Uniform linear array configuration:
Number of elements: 4
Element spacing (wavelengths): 0.75
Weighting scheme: exponential
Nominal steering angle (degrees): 60
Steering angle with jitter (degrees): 61.162
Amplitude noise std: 0.05
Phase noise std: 0.05

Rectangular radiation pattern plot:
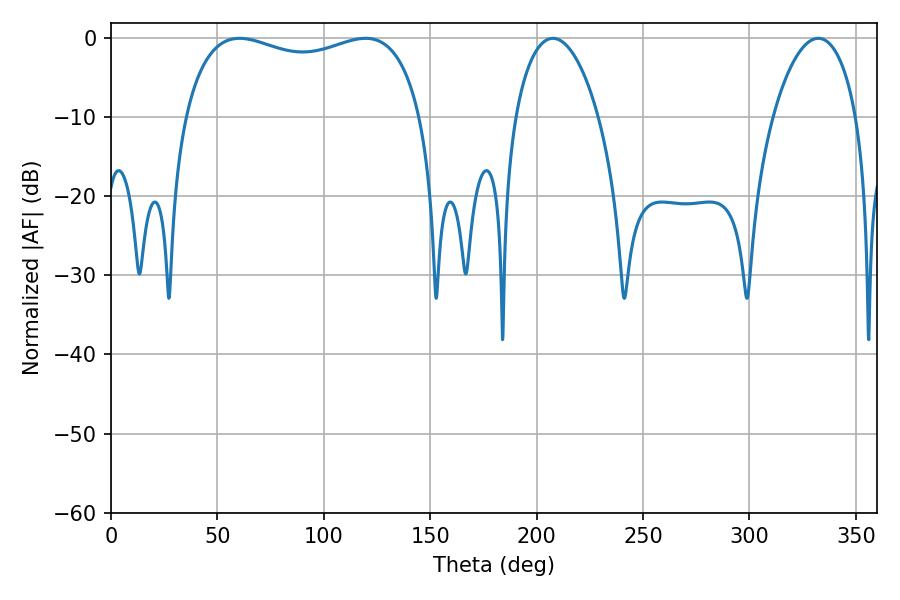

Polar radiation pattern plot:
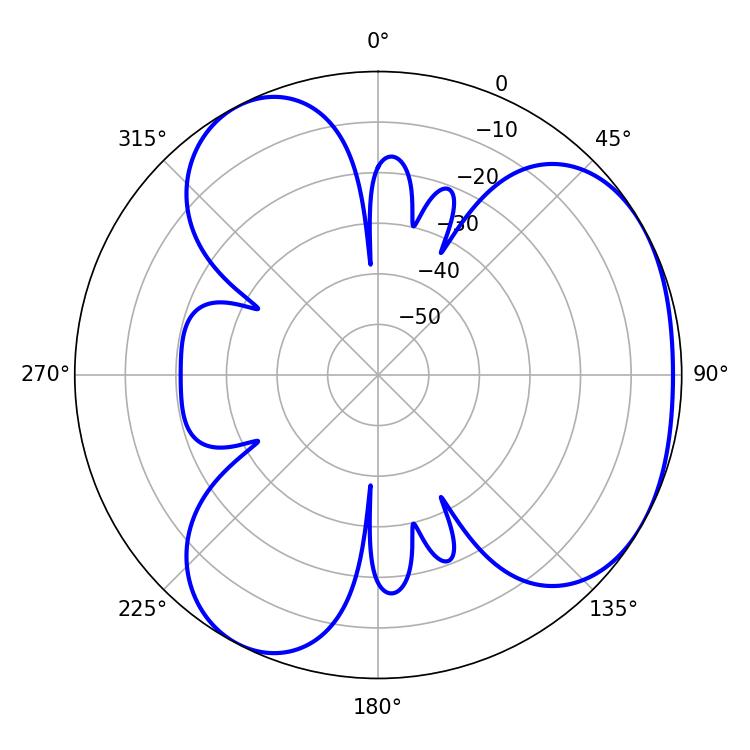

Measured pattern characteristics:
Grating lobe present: TRUE
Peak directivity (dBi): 3.722
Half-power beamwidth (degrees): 91.44
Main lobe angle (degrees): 60.3